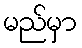
မည်မှာ